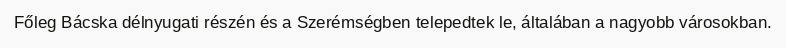
Főleg Bácska délnyugati részén és a Szerémségben telepedtek le, általában a nagyobb városokban.